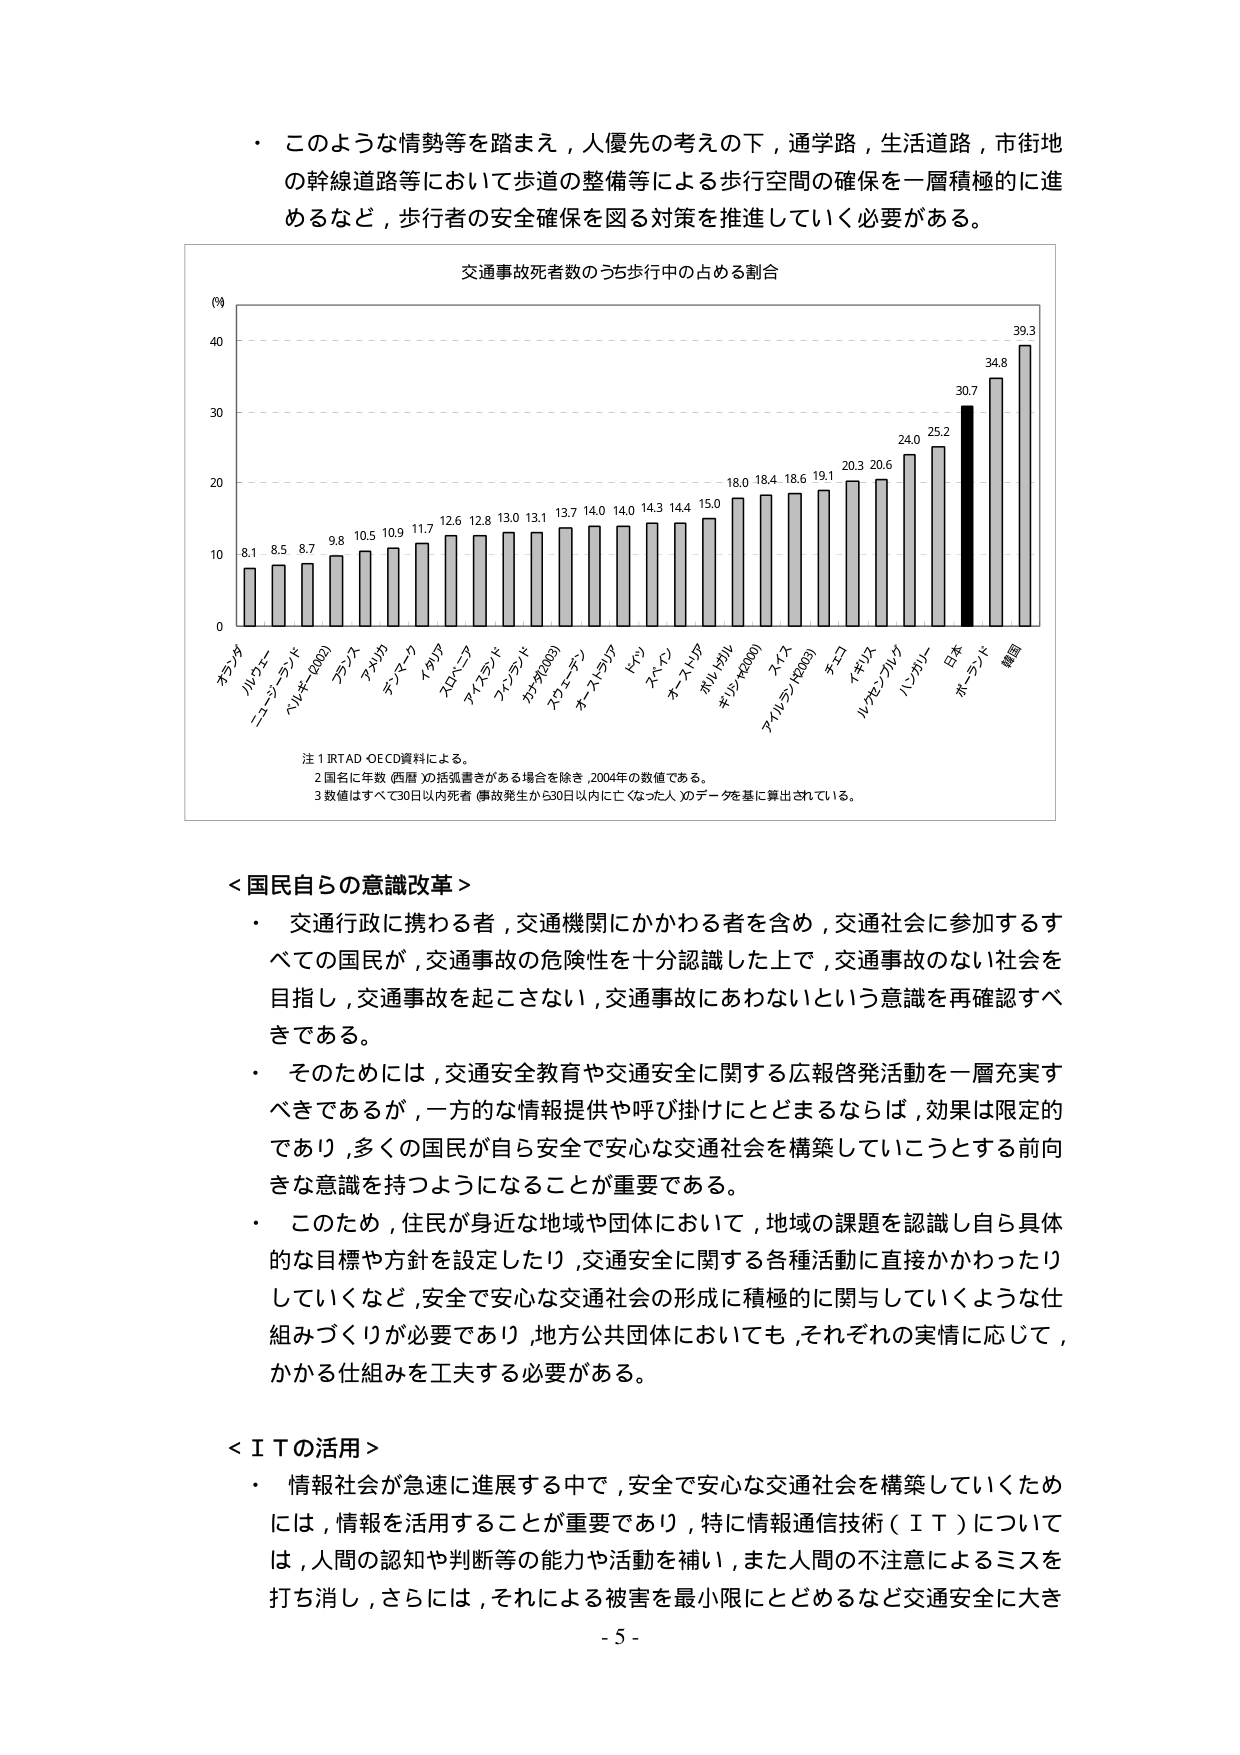
・このような情勢等を踏まえ，人優先の考えの下，通学路，生活道路，市街地
の幹線道路等において歩道の整備等による歩行空間の確保を一層積極的に進
めるなど，歩行者の安全確保を図る対策を推進していく必要がある。

交通事故死者数のうち歩行中の占める割合

(%)
40
30
20
10
0

オランダ
8.1
ルクセンブルク
8.5
ニュージーランド
8.7
（ハルキ＝1000）
デンマーク
9.8
アメリカ
10.5
デンマーク
10.9
イタリア
11.7
スロベニア
12.6
アイスランド
12.8
フィンランド
13.0
カナダ(1000)
13.1
スウェーデン
13.7
オーストラリア
14.0
ドイツ
14.0
スペイン
14.3
オーストリア
14.4
ポルトガル
15.0
ギリシャ(1000)
18.0
スイス
18.4
アメリカ(1000)
18.6
チェコ
19.1
イギリス
20.3
ルクセンブルク
20.6
ハンガリー
24.0
日本
25.2
ポーランド
30.7
韓国
34.8
39.3

注1 IRTAD・OECD資料による。
2 国名に年数（西暦）の括弧書きがある場合を除き，2004年の数値である。
3 数値はすべて30日以内死者（事故発生から30日以内に亡くなった人）のデータを基に算出されている。

＜国民自らの意識改革＞
・ 交通行政に携わる者，交通機関にかかわる者を含め，交通社会に参加するすべての国民が，交通事故の危険性を十分認識した上で，交通事故のない社会を目指し，交通事故を起こさない，交通事故にあわないという意識を再確認すべきである。
・ そのためには，交通安全教育や交通安全に関する広報啓発活動を一層充実すべきであるが，一方的な情報提供や呼び掛けにとどまるならば，効果は限定的であり，多くの国民が自ら安全で安心な交通社会を構築していこうとする前向きな意識を持つようになることが重要である。
・ このため，住民が身近な地域や団体において，地域の課題を認識し自ら具体的な目標や方針を設定したり，交通安全に関する各種活動に直接かかわったりしていくなど，安全で安心な交通社会の形成に積極的に関与していくような仕組みづくりが必要であり，地方公共団体においても，それぞれの実情に応じて，かかる仕組みを工夫する必要がある。

＜ＩＴの活用＞
・ 情報社会が急速に進展する中で，安全で安心な交通社会を構築していくためには，情報を活用することが重要であり，特に情報通信技術（ＩＴ）については，人間の認知や判断等の能力や活動を補い，また人間の不注意によるミスを打ち消し，さらには，それによる被害を最小限にとどめるなど交通安全に大きく

- 5 -